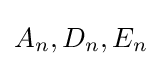
A_{n},D_{n},E_{n}